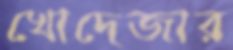
খোদেজার